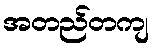
အတည်တကျ